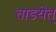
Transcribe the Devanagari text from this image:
ताडयेत्